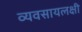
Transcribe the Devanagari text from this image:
व्यवसायलक्षी